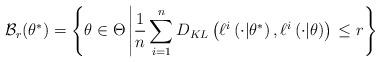
LaTeX: \begin{align*}\mathcal{B}_r(\theta^*) & = \left\lbrace \theta \in \Theta \left| \frac{1}{n} \sum_{i=1}^{n} D_{KL}\left(\ell^i\left(\cdot|\theta^*\right) ,\ell^i\left(\cdot|\theta \right) \right) \right. \leq r \right\rbrace \end{align*}